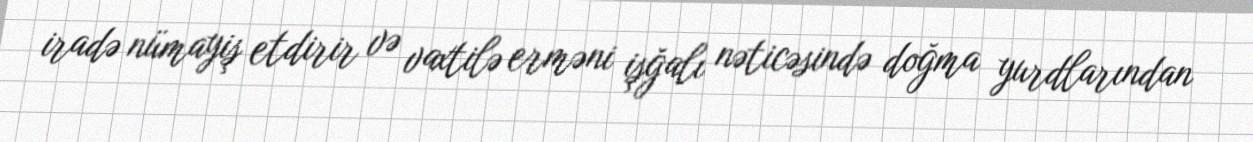
iradə nümayiş etdirir və vaxtilə erməni işğalı nəticəsində doğma yurdlarından